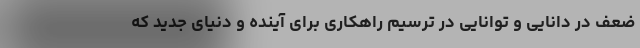
ضعف در دانایی و توانایی در ترسیم راهکاری برای آینده و دنیای جدید که